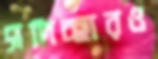
সদিচ্ছারও